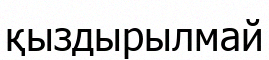
қыздырылмай